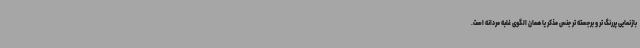
بازنمایی پررنگ تر و برجسته تر جنس مذکر یا همان الگوی غلبه مردانه است.